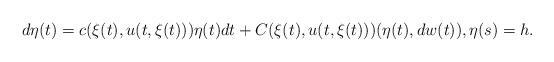
LaTeX: \begin{align*}d\eta(t)=c(\xi(t),u(t,\xi(t)))\eta(t)dt+C(\xi(t),u(t,\xi(t)))(\eta(t),dw(t)),\eta(s)=h.\end{align*}